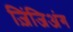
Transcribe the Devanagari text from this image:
ज़िंजिअंग